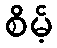
စိမ့်